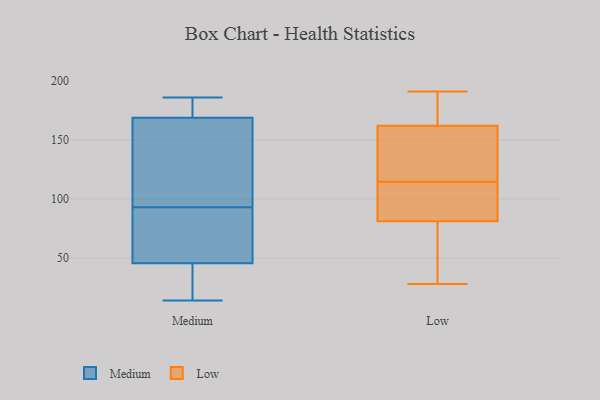
{"axis": {"x": "Net Income (USD K)", "y": "Value"}, "legend": ["Low", "Medium"], "data": [{"x": "", "y": 34, "type": "Medium"}, {"x": "", "y": 138, "type": "Medium"}, {"x": "", "y": 14, "type": "Medium"}, {"x": "", "y": 124, "type": "Medium"}, {"x": "", "y": 171, "type": "Medium"}, {"x": "", "y": 172, "type": "Medium"}, {"x": "", "y": 186, "type": "Medium"}, {"x": "", "y": 80, "type": "Medium"}, {"x": "", "y": 93, "type": "Medium"}, {"x": "", "y": 34, "type": "Medium"}, {"x": "", "y": 16, "type": "Medium"}, {"x": "", "y": 162, "type": "Medium"}, {"x": "", "y": 87, "type": "Medium"}, {"x": "", "y": 83, "type": "Medium"}, {"x": "", "y": 186, "type": "Medium"}, {"x": "", "y": 188, "type": "Low"}, {"x": "", "y": 74, "type": "Low"}, {"x": "", "y": 106, "type": "Low"}, {"x": "", "y": 191, "type": "Low"}, {"x": "", "y": 89, "type": "Low"}, {"x": "", "y": 123, "type": "Low"}, {"x": "", "y": 162, "type": "Low"}, {"x": "", "y": 148, "type": "Low"}, {"x": "", "y": 81, "type": "Low"}, {"x": "", "y": 28, "type": "Low"}]}